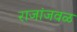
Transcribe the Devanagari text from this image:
राजांजवळ